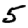
Digit: 5